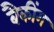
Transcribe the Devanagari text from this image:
बैकींग